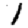
Digit: 1